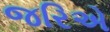
જરિએ